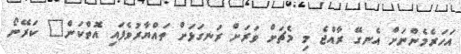
އަހަރެމެންނަށް އެނގޭ ރާއްޖެ މި މެޗަށް ވަރަށް ރަނގަޅަށް ތައްޔާރުވެފައި އޮތްކަން" ކަރޭނޯ